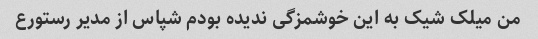
من میلک شیک به این خوشمزگی ندیده بودم شپاس از مدیر رستورع